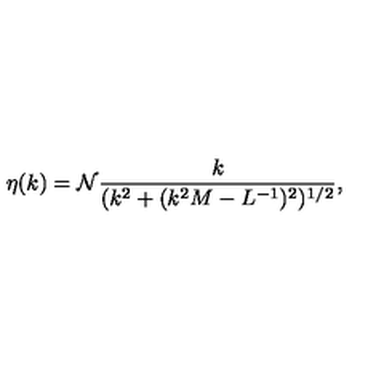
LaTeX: \eta ( k ) = { \cal N } \frac { k } { ( k ^ { 2 } + ( k ^ { 2 } M - L ^ { - 1 } ) ^ { 2 } ) ^ { 1 / 2 } } ,